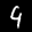
Label: 4